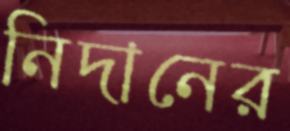
নিদানের